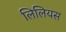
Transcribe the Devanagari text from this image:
लिलियस